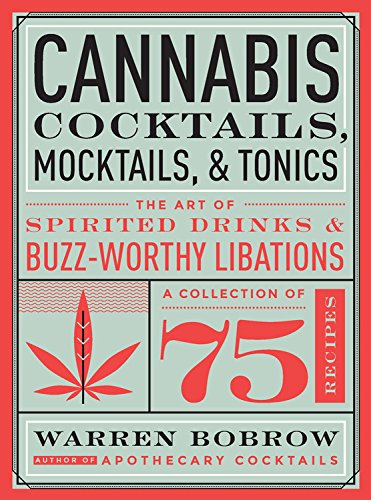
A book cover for Cannabis Cocktails, Mocktails, and Tonics: The Art of Spirited Drinks and Buzz-Worthy Libations; Warren Bobrow; Cookbooks, Food & Wine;